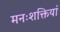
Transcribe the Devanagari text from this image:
मनःशक्तियां